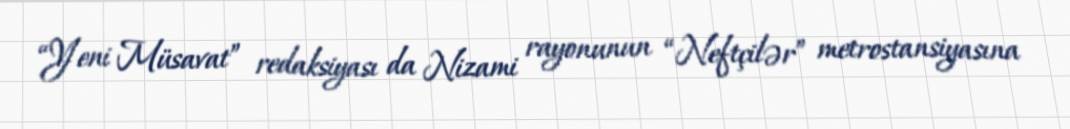
“Yeni Müsavat” redaksiyası da Nizami rayonunun “Neftçilər” metrostansiyasına